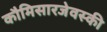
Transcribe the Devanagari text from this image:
कौमिसारजेवस्की